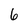
Character: 6